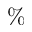
\%